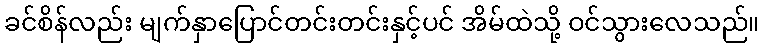
ခင်စိန်လည်း မျက်နှာပြောင်တင်းတင်းနှင့်ပင် အိမ်ထဲသို့ ဝင်သွားလေသည်။